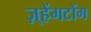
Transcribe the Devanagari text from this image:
ज़्हेंगटोंग